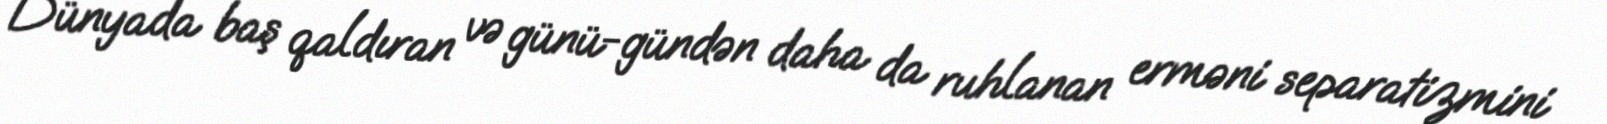
Dünyada baş qaldıran və günü-gündən daha da ruhlanan erməni separatizmini